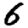
Digit: 6